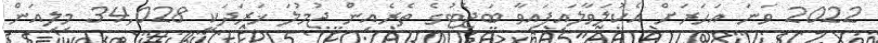
2022 ވަނަ އަހަރަށް އެކުލަވާލައިފައިވާ ބަޖެޓުގެ ތެރެއިން ޖުމުލަ ޚަރަދަކީ 34